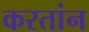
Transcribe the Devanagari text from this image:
करतांन